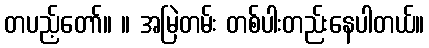
တပည့်တော်။ ။ အမြဲတမ်း တစ်ပါးတည်းနေပါတယ်။